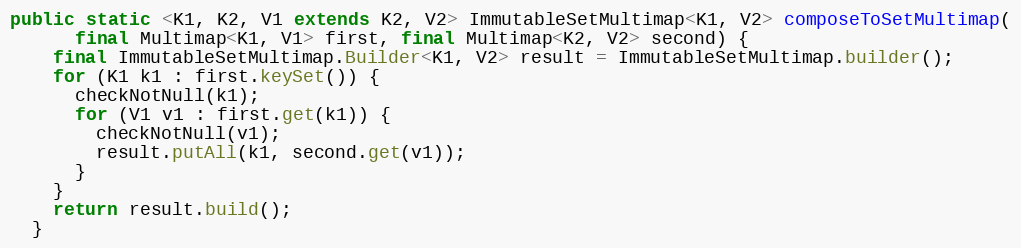
Language: Java
public static <K1, K2, V1 extends K2, V2> ImmutableSetMultimap<K1, V2> composeToSetMultimap(
      final Multimap<K1, V1> first, final Multimap<K2, V2> second) {
    final ImmutableSetMultimap.Builder<K1, V2> result = ImmutableSetMultimap.builder();
    for (K1 k1 : first.keySet()) {
      checkNotNull(k1);
      for (V1 v1 : first.get(k1)) {
        checkNotNull(v1);
        result.putAll(k1, second.get(v1));
      }
    }
    return result.build();
  }